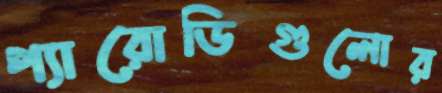
প্যারোডিগুলোর